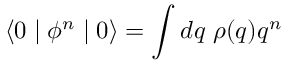
\langle 0 \mid \phi ^ { n } \mid 0 \rangle = \int d q \; \rho ( q ) q ^ { n }